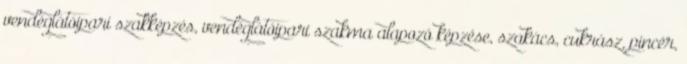
vendéglátóipari szakképzés, vendéglátóipari szakma alapozó képzése, szakács, cukrász, pincér,